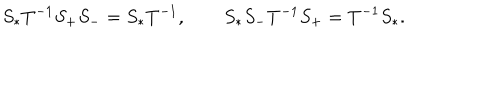
S _ { * } T ^ { - 1 } S _ { + } S _ { - } = S _ { * } T ^ { - 1 } , \qquad S _ { * } S _ { - } T ^ { - 1 } S _ { + } = T ^ { - 1 } S _ { * } .